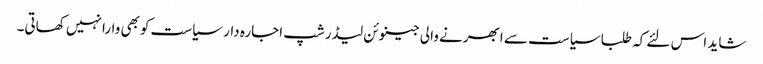
شاید اس لئے کہ طلبا سیاست سے ابھرنے والی جینوئن لیڈرشپ اجارہ دار سیاست کوبھی وارا نہیں کھاتی۔